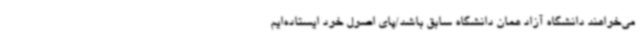
می‌خواهند دانشگاه آزاد همان دانشگاه سابق باشد/پای اصول خود ایستاده‌ایم